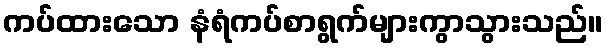
ကပ်ထားသော နံရံကပ်စာရွက်များကွာသွားသည်။